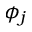
\phi _ { j }